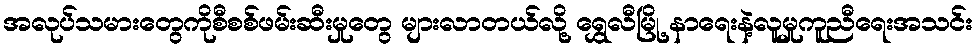
အလုပ်သမားတွေကိုစီစစ်ဖမ်းဆီးမှုတွေ များလာတယ်လို့ ရွှေလီမြို့ နာရေးနဲ့လူမှုကူညီရေးအသင်း